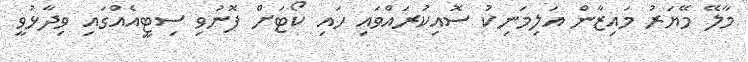
މާލޭ މޭޔަރު މައިޒާން އަލިމަނިކު ސޮއިކުރައްވައި ހައި ކޯޓަށް ފޮނުވި ސިޓީއެއްގައި ވިދާޅުވީ